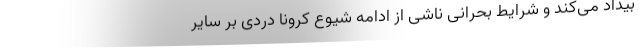
بیداد می‌کند و شرایط بحرانی ناشی از ادامه شیوع کرونا دردی بر سایر